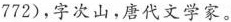
772)，字次山，唐代文学家。